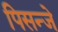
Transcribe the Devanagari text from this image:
पिसन्जे